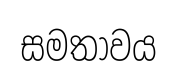
සමතාවය